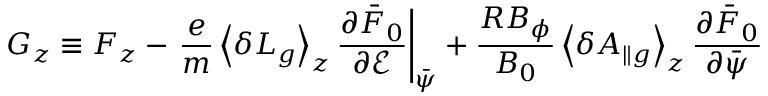
G _ { z } \equiv F _ { z } - \left. \frac { e } { m } \left\langle \delta L _ { g } \right\rangle _ { z } \frac { \partial \bar { F } _ { 0 } } { \partial \mathcal { E } } \right| _ { \bar { \psi } } + \frac { R B _ { \phi } } { B _ { 0 } } \left\langle \delta A _ { \| g } \right\rangle _ { z } \frac { \partial \bar { F } _ { 0 } } { \partial \bar { \psi } }